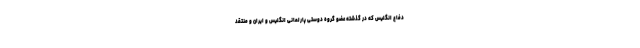
دفاع انگلیس که در گذشته عضو گروه دوستی پارلمانی انگلیس و ایران و منتقد